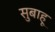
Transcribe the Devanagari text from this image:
सुबाहू